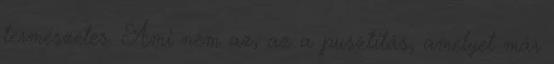
természetes. Ami nem az, az a pusztítás, amelyet már